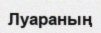
Луараның